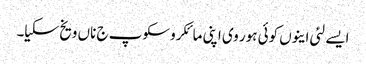
ایسے لئی اینوں کوئی ہور وی اپنی مائکروسکوپ ج ناں ویخ سکیا۔